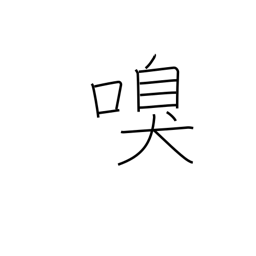
Meaning: sniff